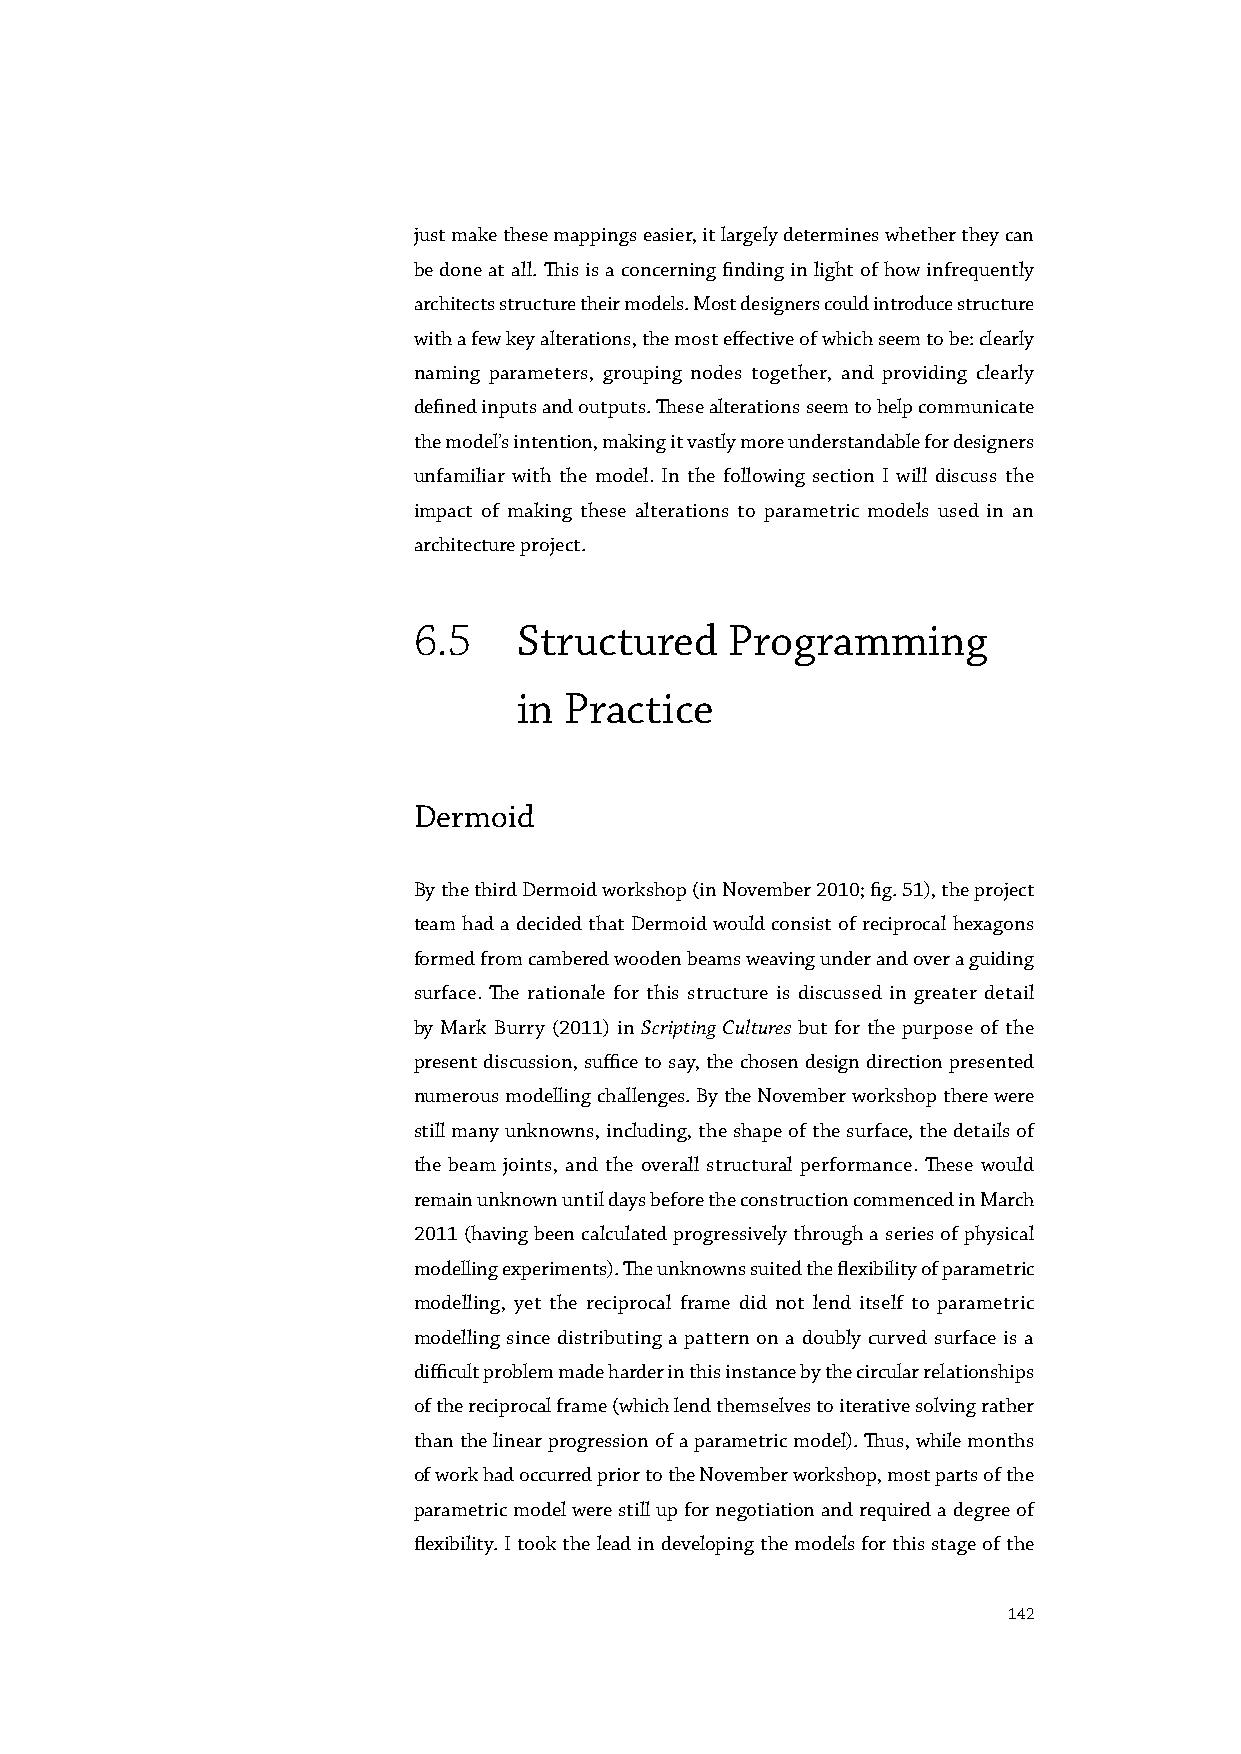
just make these mappings easier, it largely determines whether they can
 be done at all. This is a concerning finding in light of how infrequently
 architects structure their models. Most designers could introduce structure
 with a few key alterations, the most effective of which seem to be: clearly
 naming parameters, grouping nodes together, and providing clearly
 defined inputs and outputs. These alterations seem to help communicate
 the model’s intention, making it vastly more understandable for designers
 unfamiliar with the model. In the following section I will discuss the
 impact of making these alterations to parametric models used in an
 architecture project.
 6.5    Structured    Programming
 in Practice
 Dermoid
 By the third Dermoid workshop (in November 2010; fig. 51), the project
 team had a decided that Dermoid would consist of reciprocal hexagons
 formed from cambered wooden beams weaving under and over a guiding
 surface. The rationale for this structure is discussed in greater detail
 by Mark Burry (2011) in Scripting Cultures but for the purpose of the
 present discussion, suffice to say, the chosen design direction presented
 numerous modelling challenges. By the November workshop there were
 still many unknowns, including, the shape of the surface, the details of
 the beam joints, and the overall structural performance. These would
 remain unknown until days before the construction commenced in March
 2011 (having been calculated progressively through a series of physical
 modelling experiments). The unknowns suited the flexibility of parametric
 modelling, yet the reciprocal frame did not lend itself to parametric
 modelling since distributing a pattern on a doubly curved surface is a
 difficult problem made harder in this instance by the circular relationships
 of the reciprocal frame (which lend themselves to iterative solving rather
 than the linear progression of a parametric model). Thus, while months
 of work had occurred prior to the November workshop, most parts of the
 parametric model were still up for negotiation and required a degree of
 flexibility. I took the lead in developing the models for this stage of the
 142